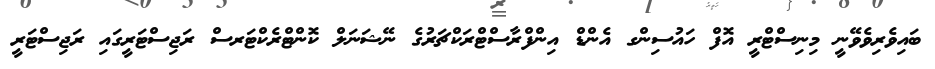
ބައިވެރިވެވޭނީ މިނިސްޓްރީ އޮފް ހައުސިންގ އެންޑް އިންފްރާސްޓްރަކްޗަރުގެ ނޭޝަނަލް ކޮންޓްރެކްޓަރސް ރަޖިސްޓަރީގައި ރަޖިސްޓަރީ